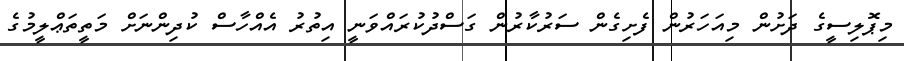
މިޕޮލިސީގެ ދަށުން މިއަހަރުން ފެށިގެން ސަރުކާރުން ގަސްދުކުރައްވަނީ އިތުރު އެއްހާސް ކުދިންނަށް މަތީތަޢްލީމުގެ